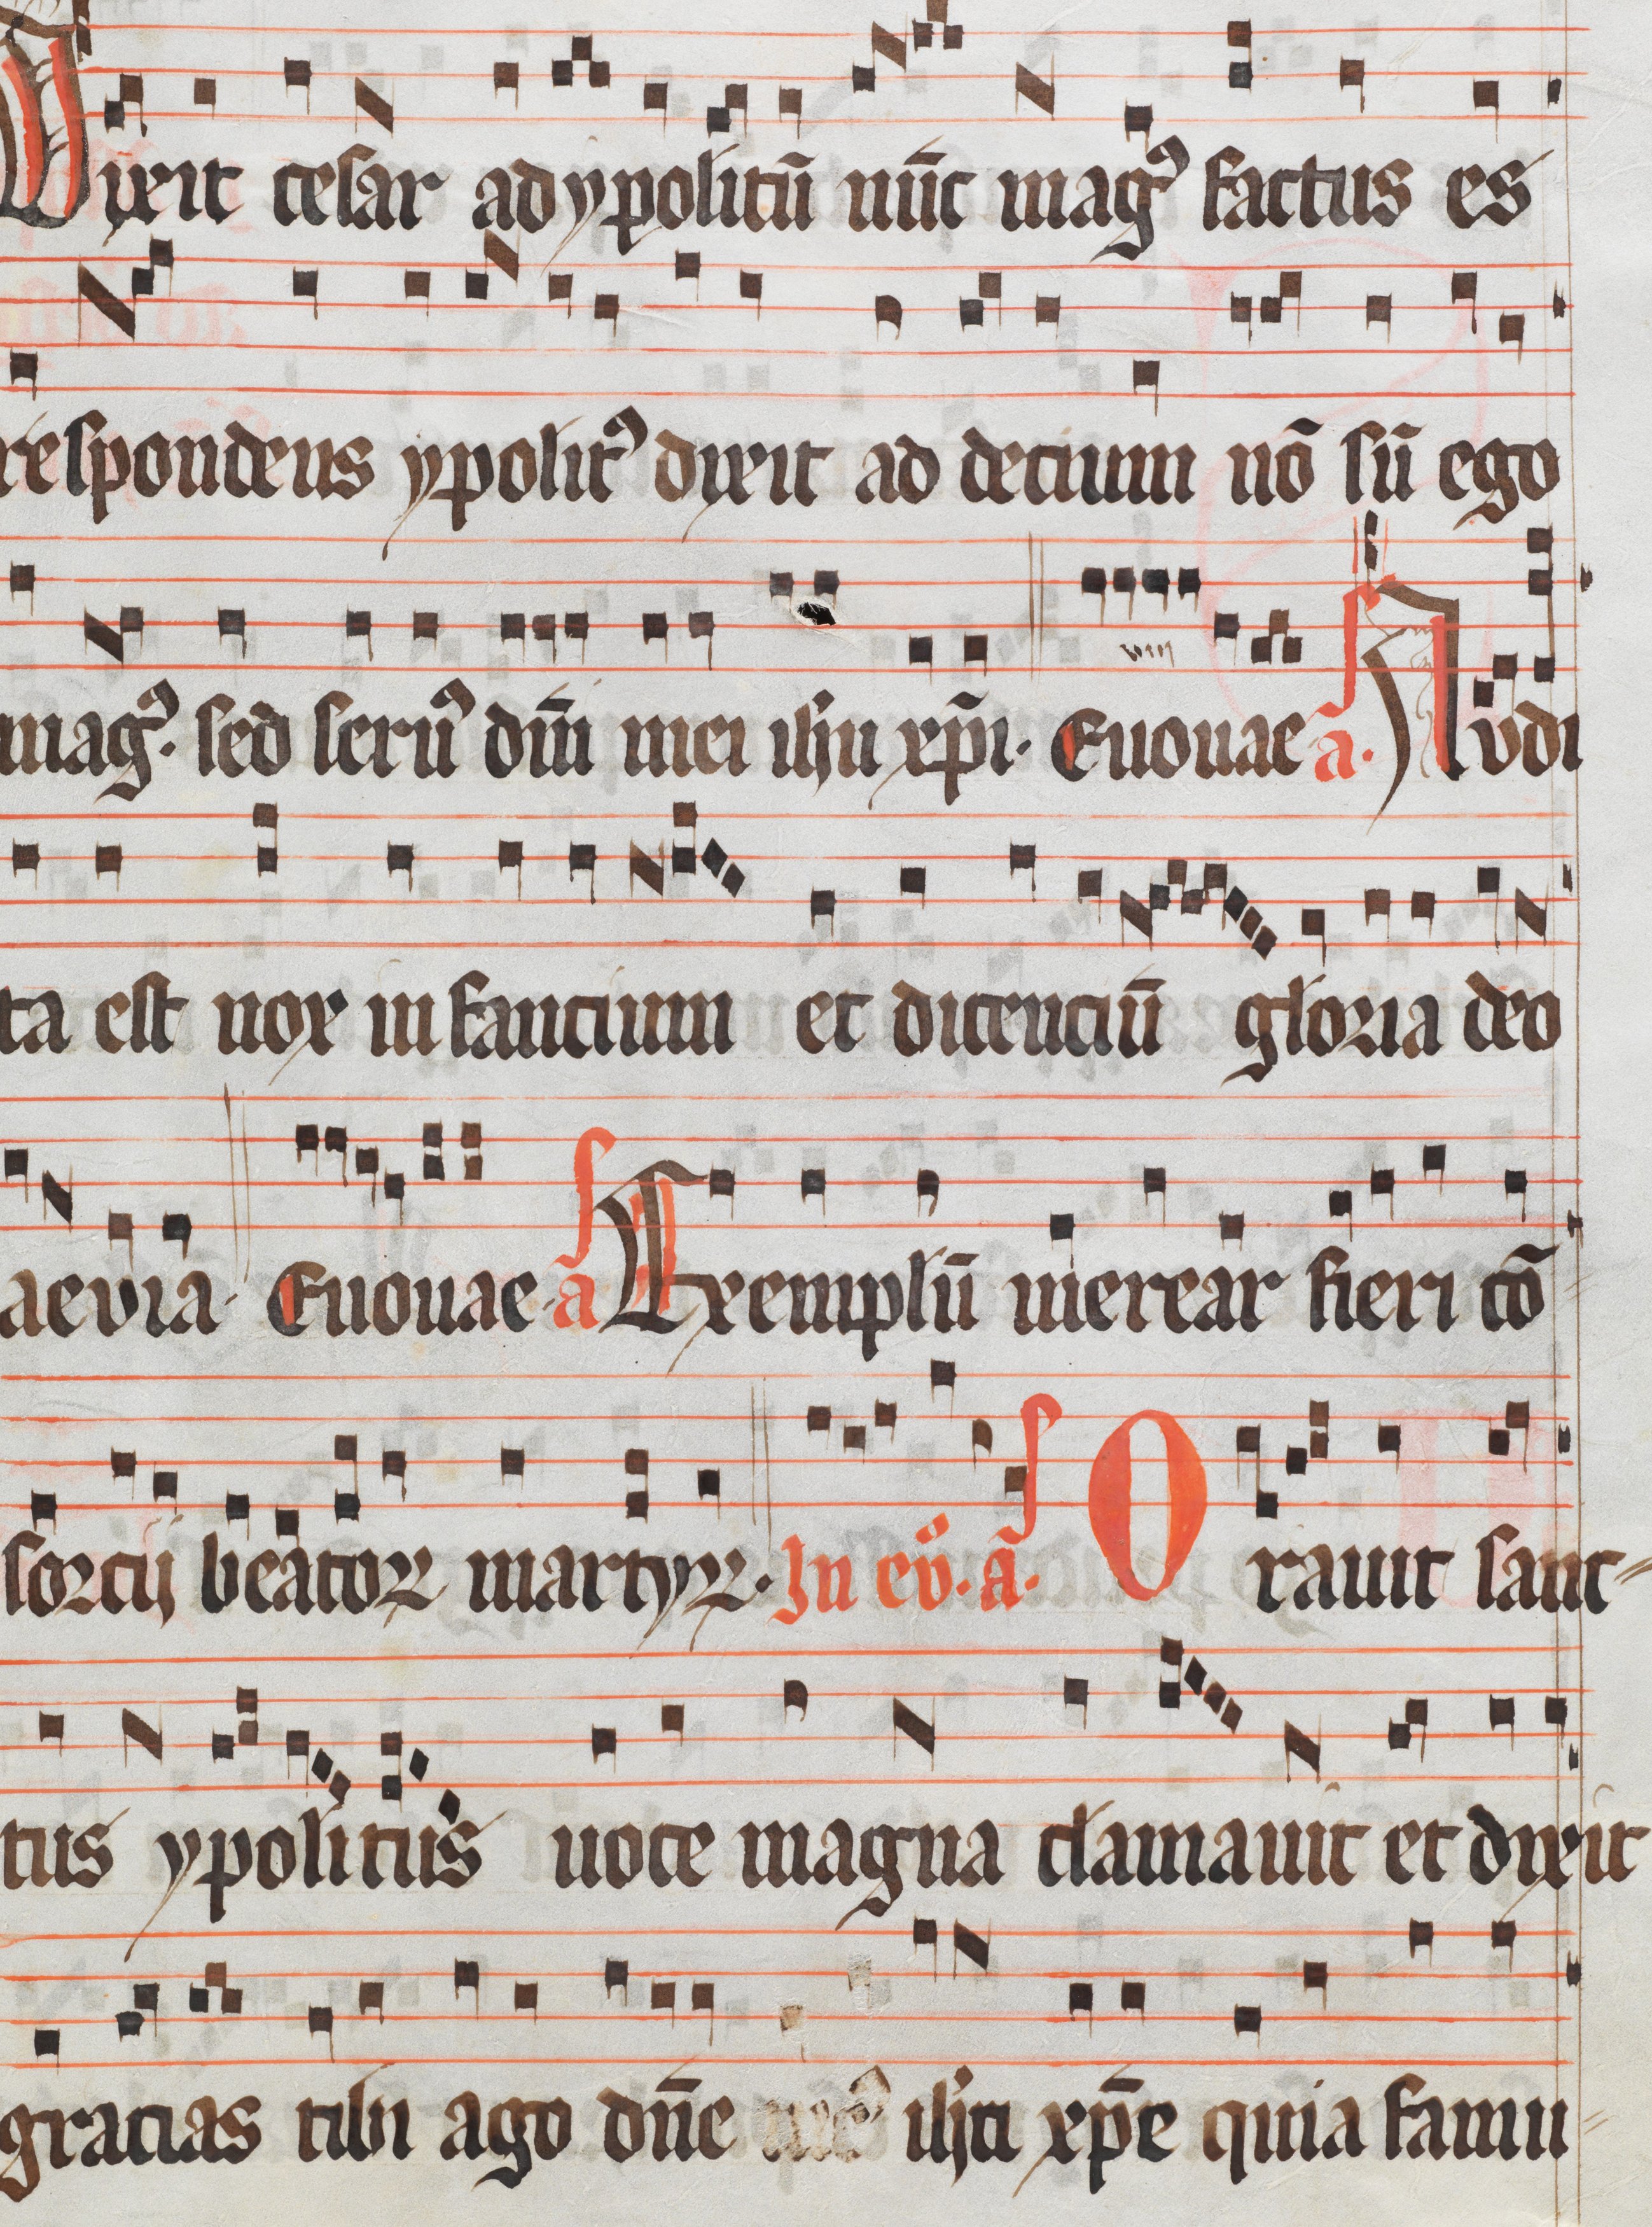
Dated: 1300–1399